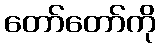
တော်တော်ကို